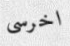
اخرسى